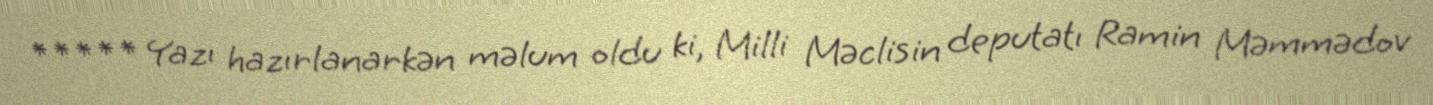
***** Yazı hazırlanarkən məlum oldu ki, Milli Məclisin deputatı Ramin Məmmədov